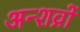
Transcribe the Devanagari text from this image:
अन्शव्रों